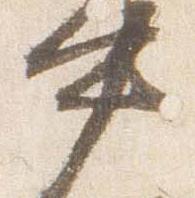
中